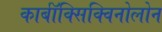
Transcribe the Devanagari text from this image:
कार्बॉक्सिक्विनोलोन